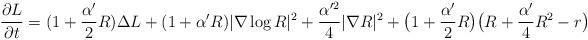
LaTeX: \begin{align*}\frac{\partial L}{\partial t}=(1+\frac{\alpha'}{2}R)\Delta L+(1+\alpha'R)|\nabla\log R|^2+\frac{\alpha'^2}{4}|\nabla R|^2+\big(1+\frac{\alpha'}{2}R\big)\big(R+\frac{\alpha'}{4}R^2-r\big)\end{align*}